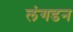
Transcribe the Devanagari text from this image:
लंगडन